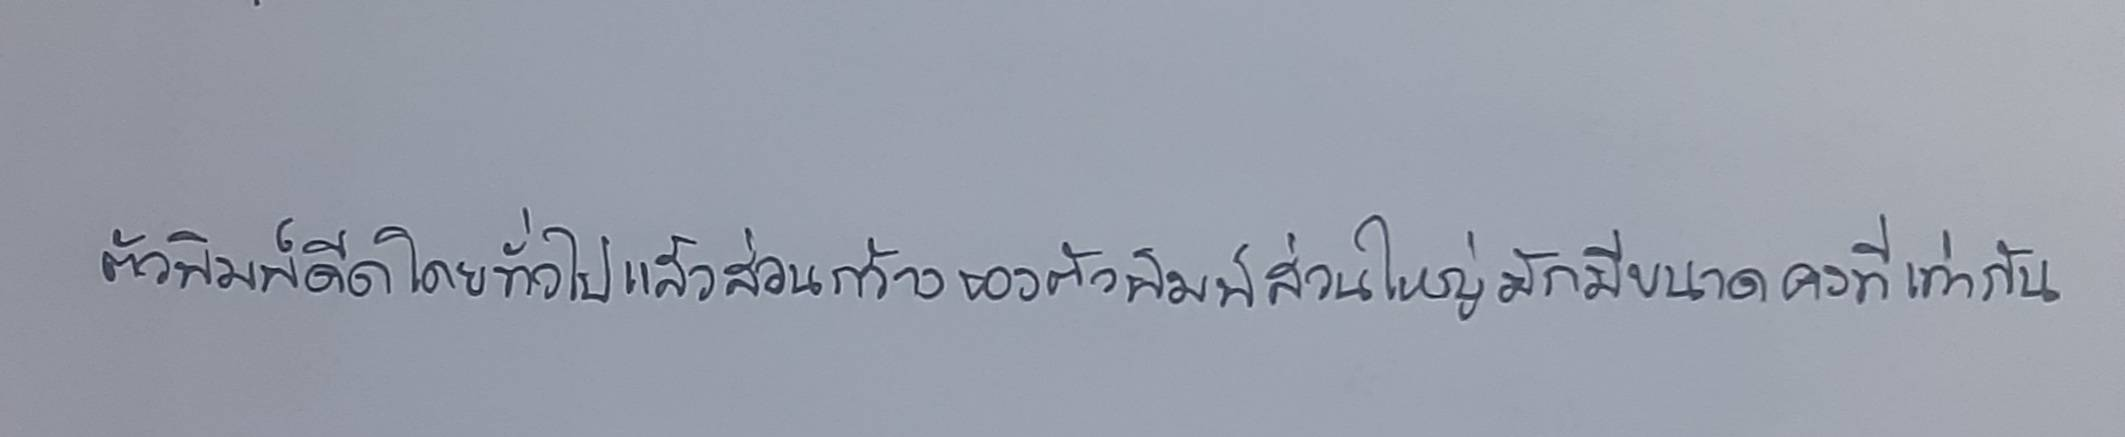
ตัวพิมพ์ดีดโดยทั่วไปแล้วส่วนกว้างของตัวพิมพ์ส่วนใหญ่มักมีขนาดคงที่เท่ากัน